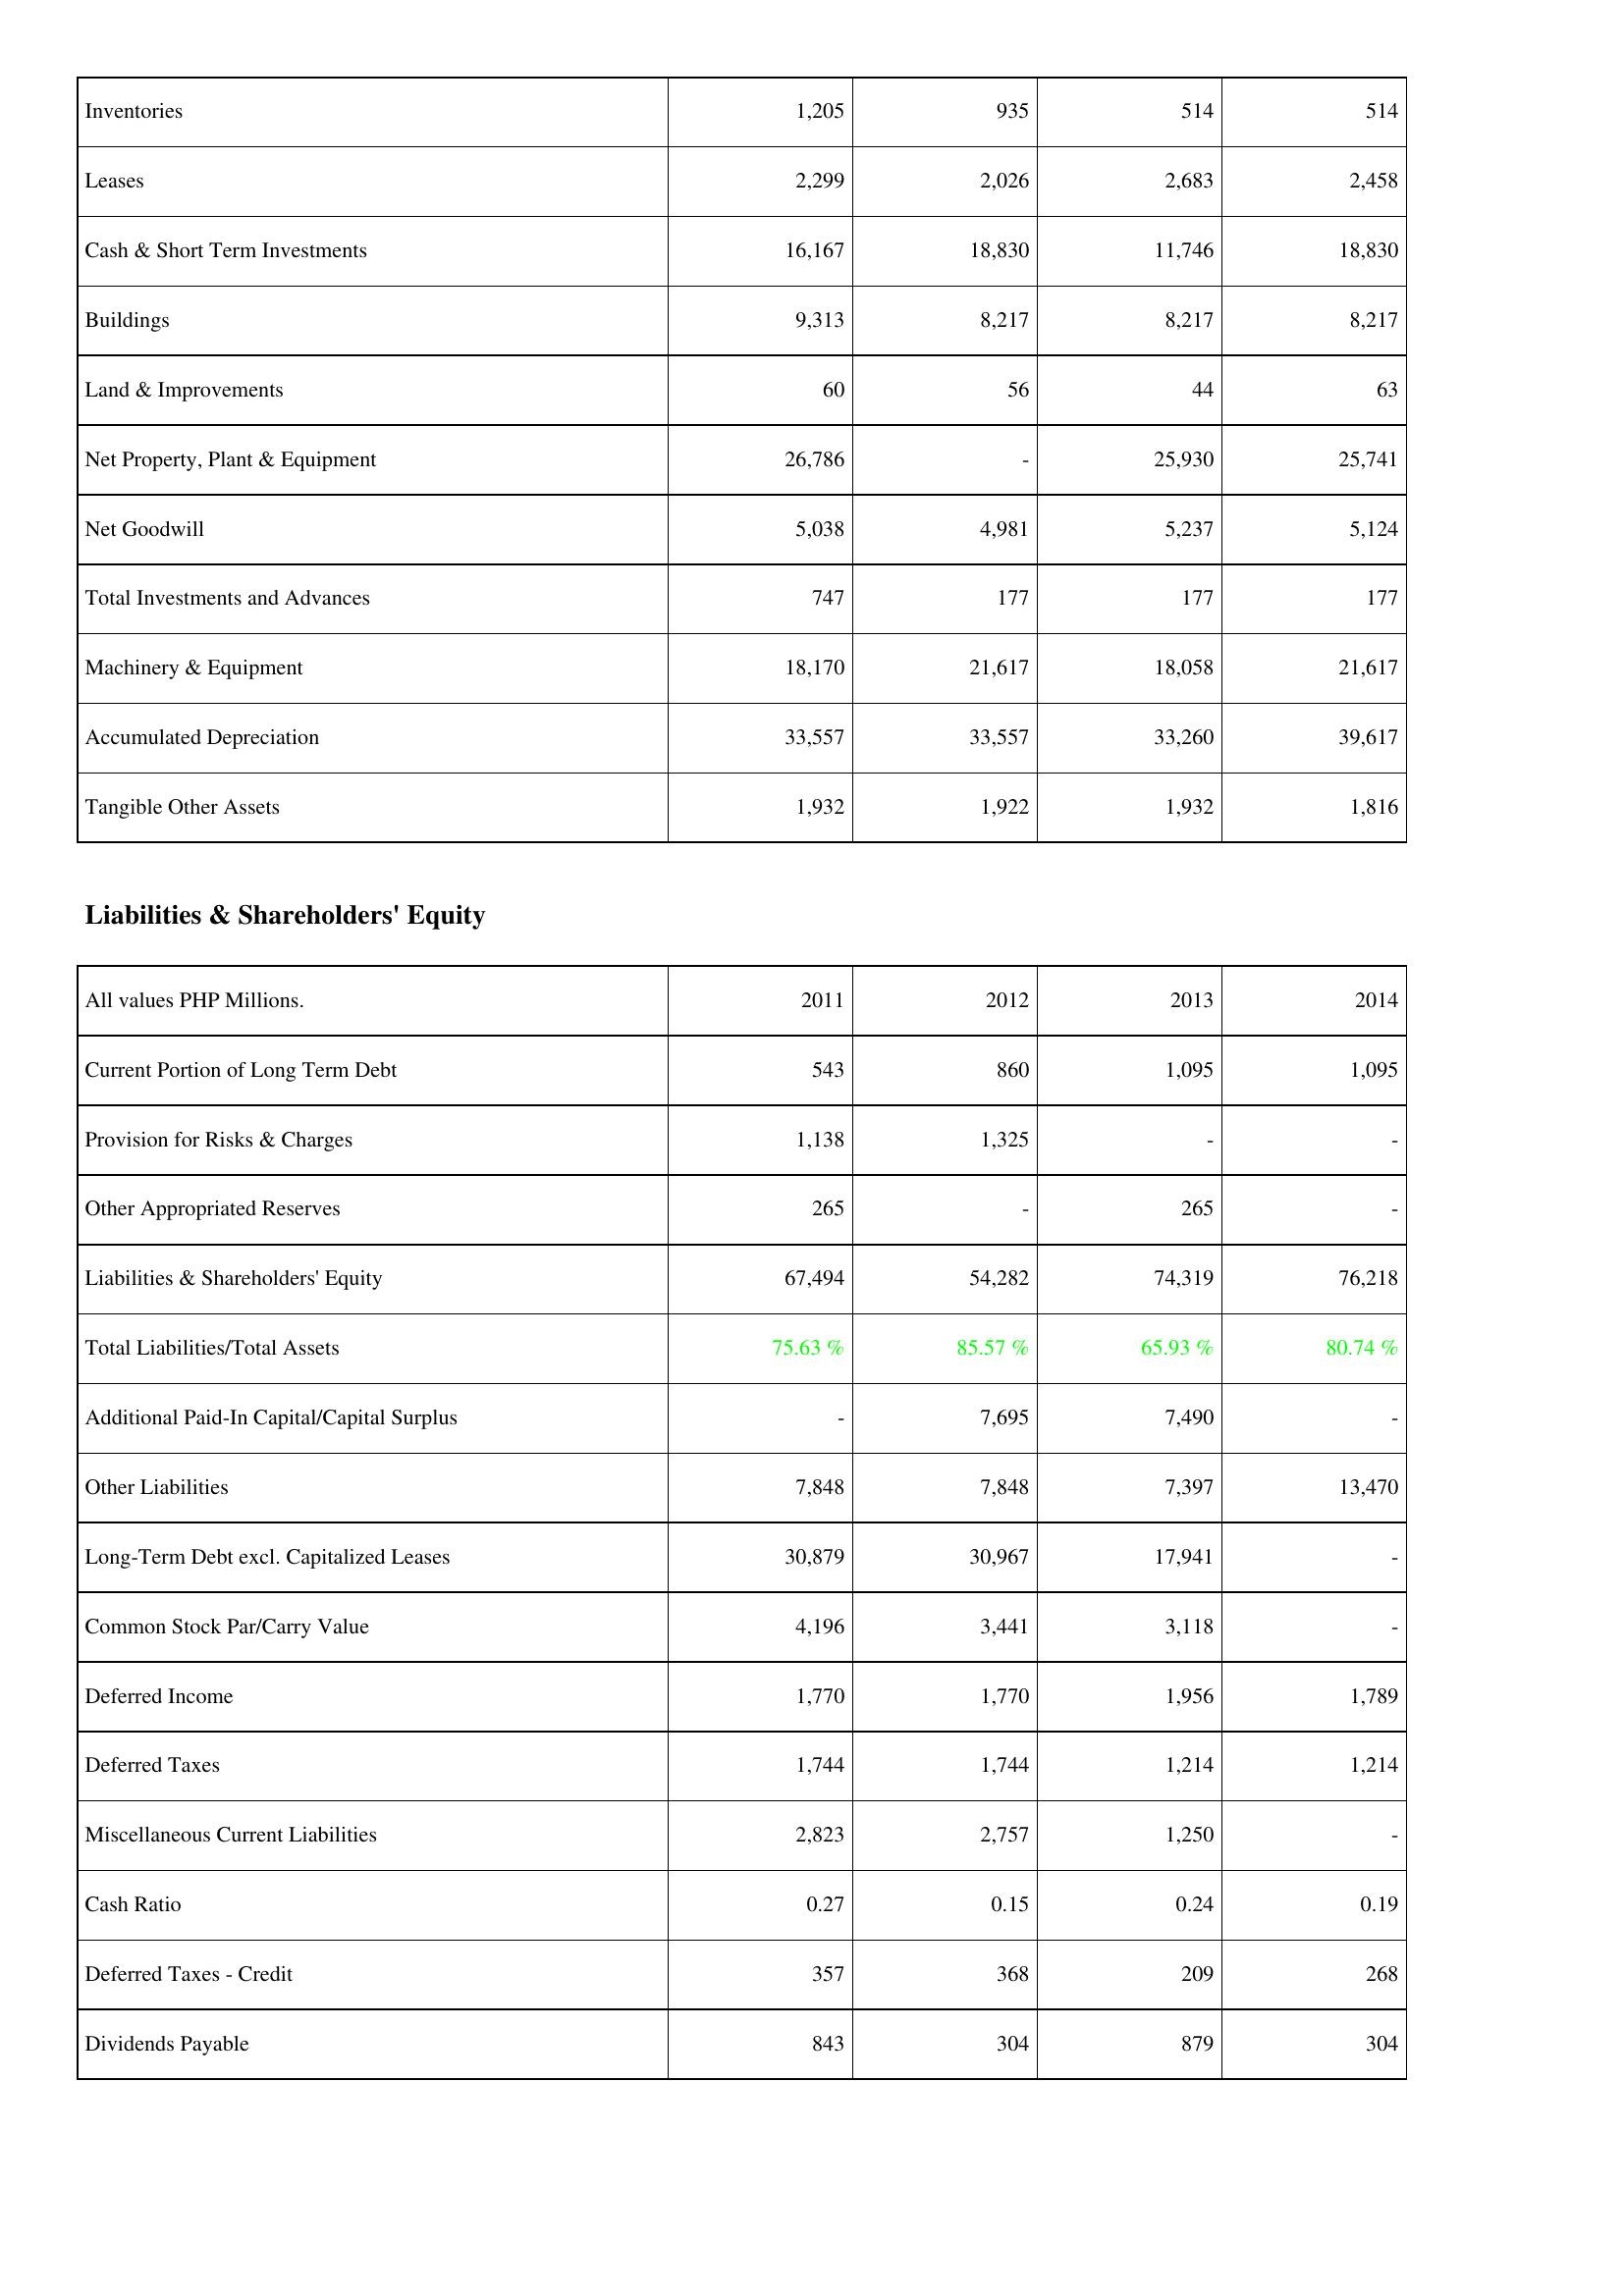
2011: Assets: Inventories: 1,205
Leases: 2,299
Cash & Short Term Investments: 16,167
Buildings: 9,313
Land & Improvements: 60
Net Property, Plant & Equipment: 26,786
Net Goodwill: 5,038
Total Investments and Advances: 747
Machinery & Equipment: 18,170
Accumulated Depreciation: 33,557
Tangible Other Assets: 1,932
Liabilities & Shareholders' Equity: Current Portion of Long Term Debt: 543
Provision for Risks & Charges: 1,138
Other Appropriated Reserves: 265
Liabilities & Shareholders' Equity: 67,494
Total Liabilities/Total Assets: 75.63 %
Additional Paid-In Capital/Capital Surplus: -
Other Liabilities: 7,848
Long-Term Debt excl. Capitalized Leases: 30,879
Common Stock Par/Carry Value: 4,196
Deferred Income: 1,770
Deferred Taxes: 1,744
Miscellaneous Current Liabilities: 2,823
Cash Ratio: 0.27
Deferred Taxes - Credit: 357
Dividends Payable: 843
2012: Assets: Inventories: 935
Leases: 2,026
Cash & Short Term Investments: 18,830
Buildings: 8,217
Land & Improvements: 56
Net Property, Plant & Equipment: -
Net Goodwill: 4,981
Total Investments and Advances: 177
Machinery & Equipment: 21,617
Accumulated Depreciation: 33,557
Tangible Other Assets: 1,922
Liabilities & Shareholders' Equity: Current Portion of Long Term Debt: 860
Provision for Risks & Charges: 1,325
Other Appropriated Reserves: -
Liabilities & Shareholders' Equity: 54,282
Total Liabilities/Total Assets: 85.57 %
Additional Paid-In Capital/Capital Surplus: 7,695
Other Liabilities: 7,848
Long-Term Debt excl. Capitalized Leases: 30,967
Common Stock Par/Carry Value: 3,441
Deferred Income: 1,770
Deferred Taxes: 1,744
Miscellaneous Current Liabilities: 2,757
Cash Ratio: 0.15
Deferred Taxes - Credit: 368
Dividends Payable: 304
2013: Assets: Inventories: 514
Leases: 2,683
Cash & Short Term Investments: 11,746
Buildings: 8,217
Land & Improvements: 44
Net Property, Plant & Equipment: 25,930
Net Goodwill: 5,237
Total Investments and Advances: 177
Machinery & Equipment: 18,058
Accumulated Depreciation: 33,260
Tangible Other Assets: 1,932
Liabilities & Shareholders' Equity: Current Portion of Long Term Debt: 1,095
Provision for Risks & Charges: -
Other Appropriated Reserves: 265
Liabilities & Shareholders' Equity: 74,319
Total Liabilities/Total Assets: 65.93 %
Additional Paid-In Capital/Capital Surplus: 7,490
Other Liabilities: 7,397
Long-Term Debt excl. Capitalized Leases: 17,941
Common Stock Par/Carry Value: 3,118
Deferred Income: 1,956
Deferred Taxes: 1,214
Miscellaneous Current Liabilities: 1,250
Cash Ratio: 0.24
Deferred Taxes - Credit: 209
Dividends Payable: 879
2014: Assets: Inventories: 514
Leases: 2,458
Cash & Short Term Investments: 18,830
Buildings: 8,217
Land & Improvements: 63
Net Property, Plant & Equipment: 25,741
Net Goodwill: 5,124
Total Investments and Advances: 177
Machinery & Equipment: 21,617
Accumulated Depreciation: 39,617
Tangible Other Assets: 1,816
Liabilities & Shareholders' Equity: Current Portion of Long Term Debt: 1,095
Provision for Risks & Charges: -
Other Appropriated Reserves: -
Liabilities & Shareholders' Equity: 76,218
Total Liabilities/Total Assets: 80.74 %
Additional Paid-In Capital/Capital Surplus: -
Other Liabilities: 13,470
Long-Term Debt excl. Capitalized Leases: -
Common Stock Par/Carry Value: -
Deferred Income: 1,789
Deferred Taxes: 1,214
Miscellaneous Current Liabilities: -
Cash Ratio: 0.19
Deferred Taxes - Credit: 268
Dividends Payable: 304